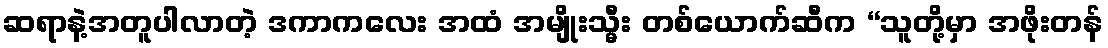
ဆရာနဲ့အတူပါလာတဲ့ ဒကာကလေး အထံ အမျိုးသ္မီး တစ်ယောက်ဆီက “သူတို့မှာ အဖိုးတန်